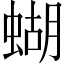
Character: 蝴